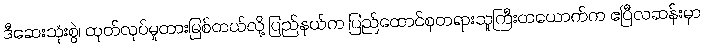
ဒီဆေးသုံးစွဲ၊ ထုတ်လုပ်မှုတားမြစ်တယ်လို့ ပြည်နယ်က ပြည်ထောင်စုတရားသူကြီးတယောက်က ဧပြီလဆန်းမှာ